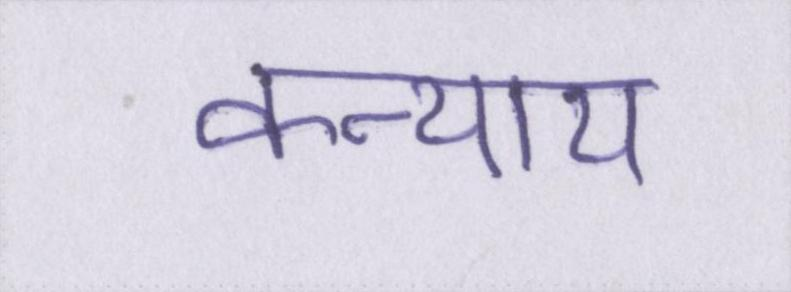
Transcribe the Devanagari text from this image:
कन्याय